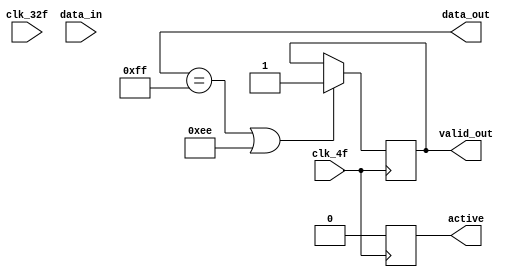
module serial_paralelo(
    input clk_32f,
    input clk_4f,
    input data_in,//en paralelo serial se llama data_out
    output reg [7:0]data_out,
    output reg valid_out,
    output reg active
);
    reg BC_counter;
    reg [7:0] data2send;
    //reg [3:0] contador;

    always @(posedge clk_32f)begin
        if (data_in == 8'b11111111)
            data2send <= 8'hFF;
        else if (data_in == 8'b11101110) begin
            data2send <= 8'hEE;
        end
        else if (data_in == 8'b10111100) begin
            data2send <= 8'hBC;
        end
    end
    always @(posedge clk_4f)begin
        if (BC_counter == 4)begin
            active <= 1;
            BC_counter = 0;
        end
        else begin
            active <= 0;
        end
       if (data_out == 8'hFF || 8'hEE) begin
           valid_out <=1;
       end

        
    end
endmodule